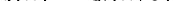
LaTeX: \smash{q(k)\equiv Q(k,0)}